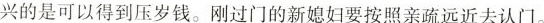
兴的是可以得到压岁钱。刚过门的新媳妇要按照亲疏远近去认门。